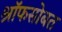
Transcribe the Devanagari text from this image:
श्रॉफसोबत